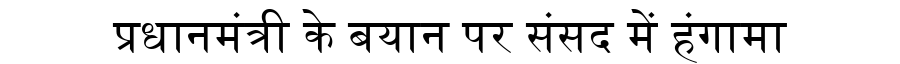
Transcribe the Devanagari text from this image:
प्रधानमंत्री के बयान पर संसद में हंगामा